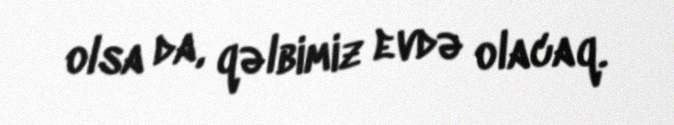
olsa da, qəlbimiz evdə olacaq.